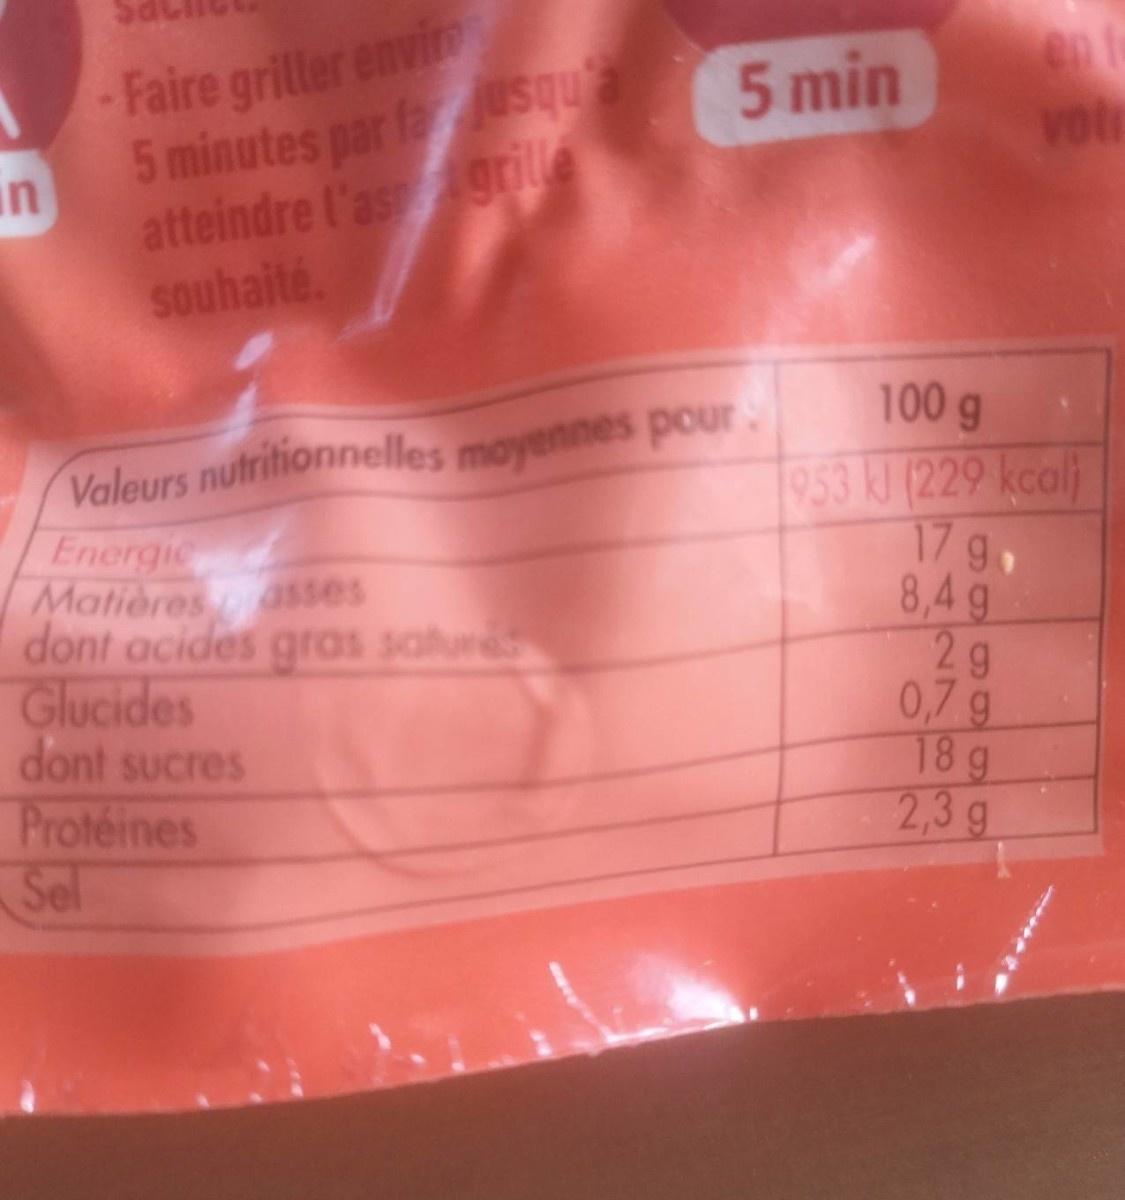
Faire griller envi 5 minutes par fausqua
5 min
in atteindre l'asgrile souhaité.
100 g
Valeurs nutritionnelles moyennes pour. Energic Matières sses dont acides gras salur Glucides dont sucres Protéines Sel
953 kl (229 kcal) 17g 8,4g 29 0,7g 18 g 2,3g
co